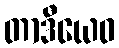
တာဒီယေဝ